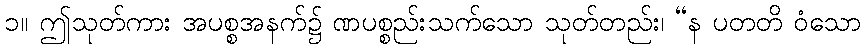
၁။ ဤသုတ်ကား အပစ္စအနက်၌ ဏပစ္စည်းသက်သော သုတ်တည်း၊ “န ပတတိ ဝံသော